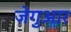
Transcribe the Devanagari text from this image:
जेगुआर